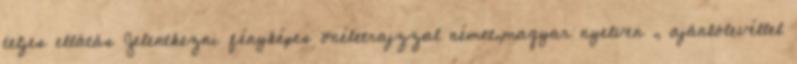
teljes ellátás Jelentkezni fényképes önéletrajzzal német,magyar nyelven , ajánlólevéllel